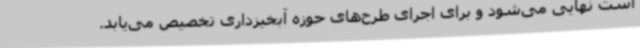
است نهایی می‌شود و برای اجرای طرح‌های حوزه آبخیزداری تخصیص می‌یابد.